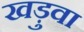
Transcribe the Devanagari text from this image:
खड़ुवा